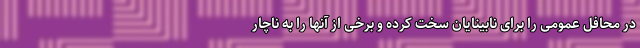
در محافل عمومی را برای نابینایان سخت کرده و برخی از آنها را به ناچار